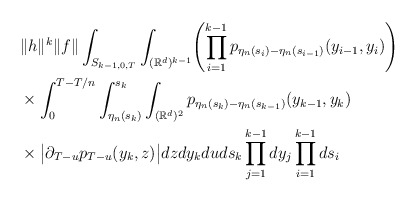
\begin{align*}&\|h\|^k\|f\| \int_{S_{k-1,0,T}}\int_{(\mathbb{R}^d)^{k-1}}\Biggl(\prod_{i=1}^{k-1} p_{\eta_n(s_i)-\eta_n(s_{i-1})}(y_{i-1},y_i)\Biggr)\\&\times\int_0^{T-T/n} \int_{\eta_n(s_k)}^{s_k}\int_{(\mathbb{R}^d)^2} p_{\eta_n(s_k)-\eta_n(s_{k-1})}(y_{k-1},y_k)\\&\times\big|\partial_{T-u} p_{T-u} (y_k,z)\big| dz dy_k du ds_k \prod_{j=1}^{k-1}dy_j \prod_{i=1}^{k-1}ds_{i}\end{align*}